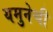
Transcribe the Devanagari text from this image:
यमुनेची